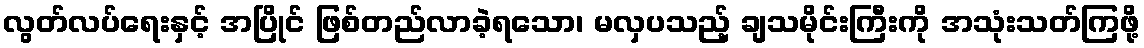
လွတ်လပ်ရေးနှင့် အပြိုင် ဖြစ်တည်လာခဲ့ရသော၊ မလှပသည့် ချသမိုင်းကြီးကို အသုံးသတ်ကြဖို့